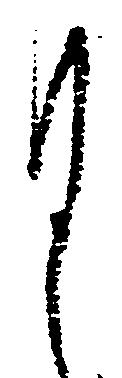
謹